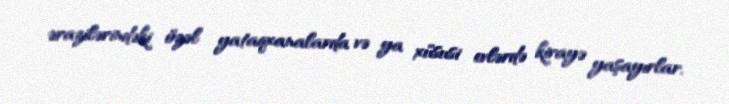
ərazilərindəki özəl yataqxanalarda və ya xüsusi evlərdə kirayə yaşayırlar.